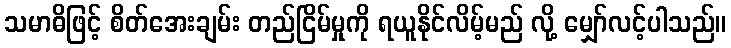
သမာဓိဖြင့် စိတ်အေးချမ်း တည်ငြိမ်မှုကို ရယူနိုင်လိမ့်မည် လို့ မျှော်လင့်ပါသည်။